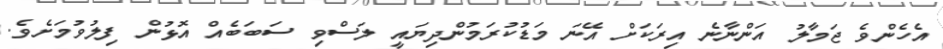
އެހެންވެ ޖަމާލު އަންނާނެ އިރަކަށް އޭނަ މަޑުކުރަމުންދިޔައީ ލަސްވި ސަބަބެއް އޮޅުން ފިލުވުމަށެވެ.